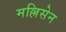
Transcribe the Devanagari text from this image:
मल्लिसेन